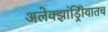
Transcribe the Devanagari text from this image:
अलेक्झांड्रिीयातच